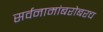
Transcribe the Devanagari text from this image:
सर्वनामांबरोबरच